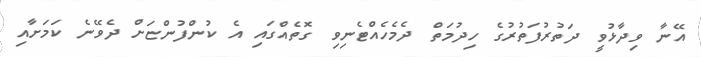
އޭނާ ވިދާޅުވީ ދަތުރުފަތުރުގެ ހިދުމަތް ދެމެހެއްޓެނިވި ގޮތެއްގައި އެ ކުންފުންޏަށް ދެވޭނެ ކަމަށާއި